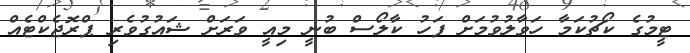
ޓީމުގެ ކޯޗުކަމާ ހަވާލުވުމަށް ފަހު ކާލޯސް ބުނީ މިއީ ވަރަށް ޝައުގުވެރި ޕްރޮޖެކްޓެއް